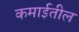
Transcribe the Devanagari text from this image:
कमाईतील